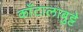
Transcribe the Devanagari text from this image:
काँटालाबुट्टे